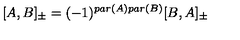
[ A , B ] _ { \pm } = ( - 1 ) ^ { p a r ( A ) p a r ( B ) } [ B , A ] _ { \pm }